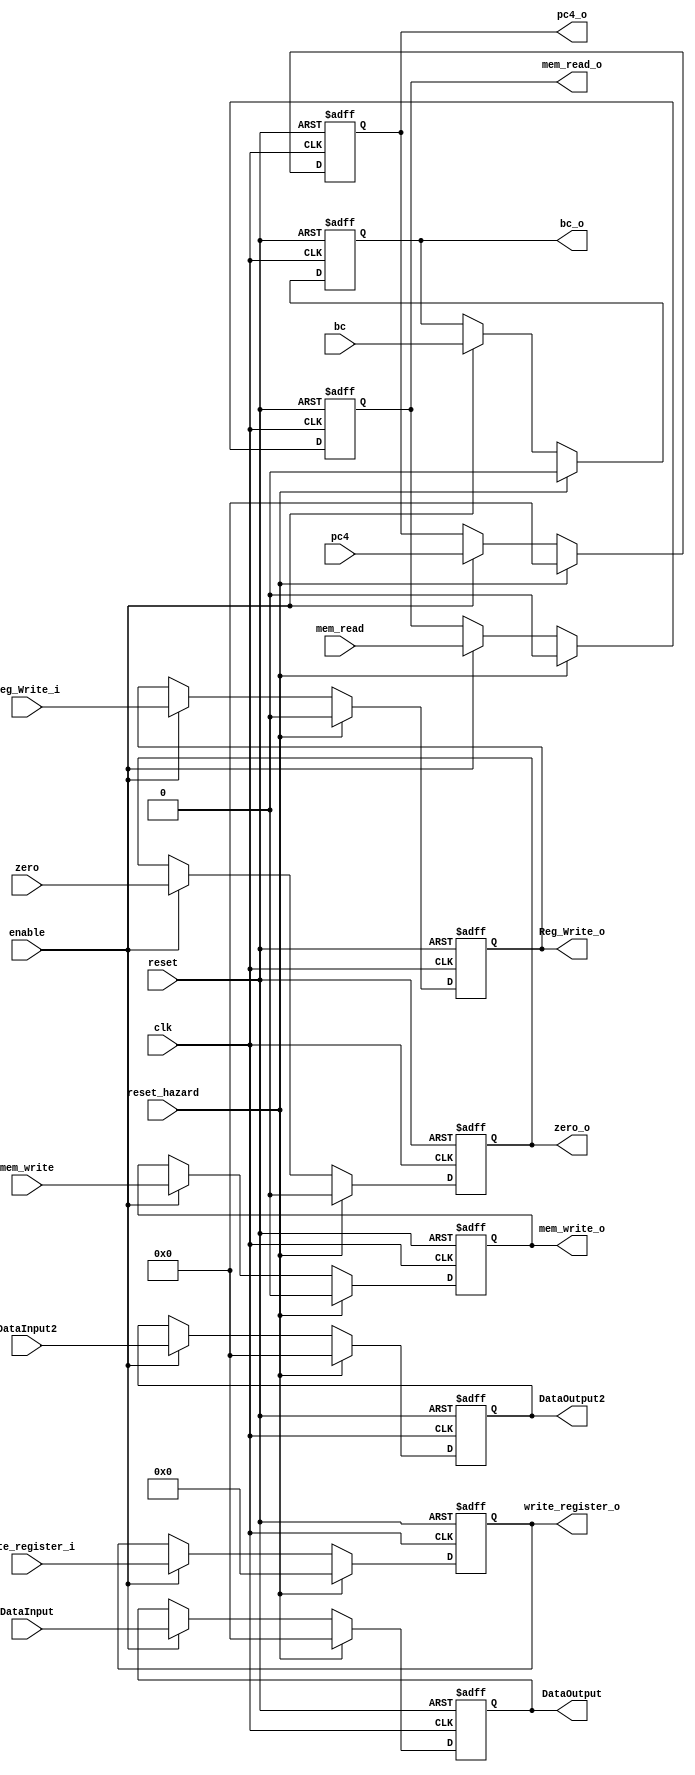
/******************************************************************
* Description
*	This is a register that is used for implementing pipeline stall 
*	1.0
* Author:
*	Gabriela de la Fuente & Daniel Gutirrez
******************************************************************/
module Register_EX_MEM
#(
	parameter N = 32
)
(
	input clk,
	input reset,
	input reset_hazard,
	input enable,
	input  [N-1:0] DataInput,
	input  [N-1:0] DataInput2,

	input zero,
	input mem_read,
	input mem_write,
	input bc,
	input  [N-1:0] pc4,
	input Reg_Write_i,
	input	 [4:0] write_register_i,
	
	output reg [4:0] write_register_o,
	output reg Reg_Write_o,
	output reg [N-1:0] pc4_o,
	
	output reg bc_o,
	output reg zero_o,
	output reg mem_read_o,
	output reg mem_write_o,
	output reg [N-1:0] DataOutput,
	output reg [N-1:0] DataOutput2

);

always@(negedge reset or negedge clk) begin
	if(reset==0)
		begin
		DataOutput <= 0;
		DataOutput2<=0;
		zero_o<=0;
		mem_read_o<=0;
		mem_write_o<=0;
		bc_o<=0;
		pc4_o<=0;
		Reg_Write_o<=0;
		write_register_o<=0;
		end
	else
		if(reset_hazard == 1)
			begin
			DataOutput <= 0;
			DataOutput2<=0;
			zero_o<=0;
			mem_read_o<=0;
			mem_write_o<=0;
			bc_o<=0;
			pc4_o<=0;
			Reg_Write_o<=0;
			write_register_o<=0;
			end
		
	else	
		if(enable==1)
		begin
			DataOutput<=DataInput;
			DataOutput2<=DataInput2;

			zero_o<=zero;
			mem_read_o<=mem_read;
			mem_write_o<=mem_write;
			bc_o<=bc;
			pc4_o<=pc4;
			Reg_Write_o<=Reg_Write_i;
			write_register_o<=write_register_i;
		end 
end

endmodule